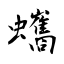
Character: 蠵